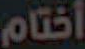
أختام